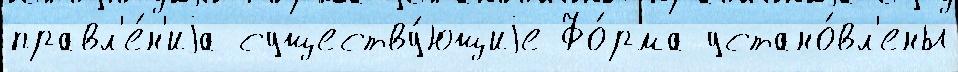
правл'е́н'иjа существу́ющиjе Фо́рма устано́вл'ены